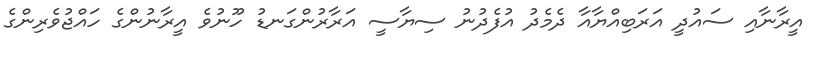
އީރާނާއި ސައުދީ އަރަބިއްޔާއާ ދެމެދު އުފެދުނު ސިޔާސީ އަރާރުންގަނޑު ހޫނުވެ އީރާނުންގެ ހައްޖުވެރިންގެ